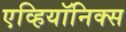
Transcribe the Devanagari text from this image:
एव्हियॉनिक्स